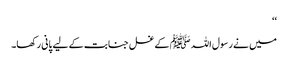
‘‘
میں نے رسول اللہ ﷺ کے غسل جنابت کے لیے پانی رکھا۔